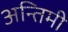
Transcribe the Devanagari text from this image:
अन्तिमी